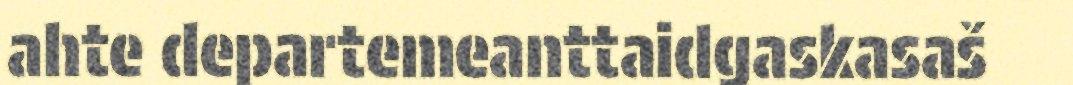
ahte departemeanttaidgaskasaš